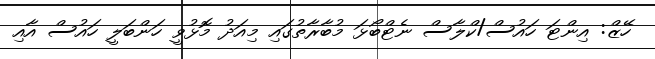
ހޭޒް: އިންޓަ ހައުސް/ކްލާސް ނެޓްބޯޅަ މުބާރާތުގައި މިއަދު މޮޅުވީ ހަންބަލީ ހައުސް އާއި